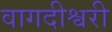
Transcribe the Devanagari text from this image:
वागदीश्वरी